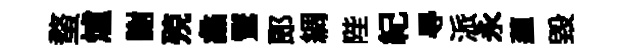
蝥爐謝殑蠡鸑郞綢陛紀㝵派永藴毁